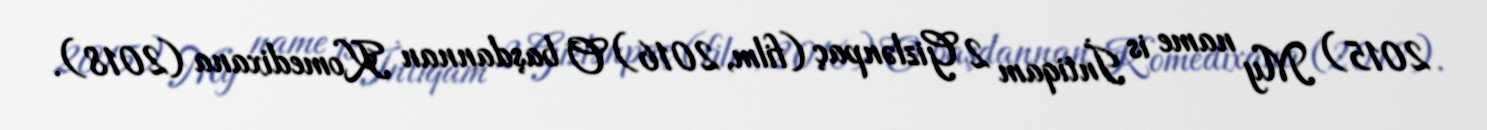
2015) My name is İntiqam 2 Gizlənpaç (film, 2016) O başdannan Komedixana (2018).